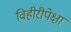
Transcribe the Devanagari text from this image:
विहीरीपेक्षा